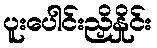
ပူးပေါင်းညှိနှိုင်း